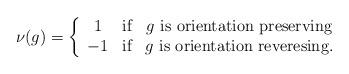
LaTeX: \begin{align*}\nu(g) = \left\{\begin{array}{ccc}1 & \mbox{if} & g \ \mbox{is orientation preserving}\\-1 & \mbox{if} & g \ \mbox{is orientation reveresing}.\end{array}\right.\end{align*}